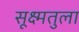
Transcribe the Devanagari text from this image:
सूक्ष्मतुला